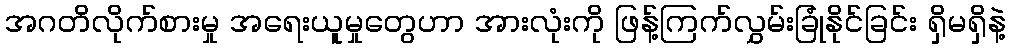
အဂတိလိုက်စားမှု အရေးယူမှုတွေဟာ အားလုံးကို ဖြန့်ကြက်လွှမ်းခြုံနိုင်ခြင်း ရှိမရှိနဲ့